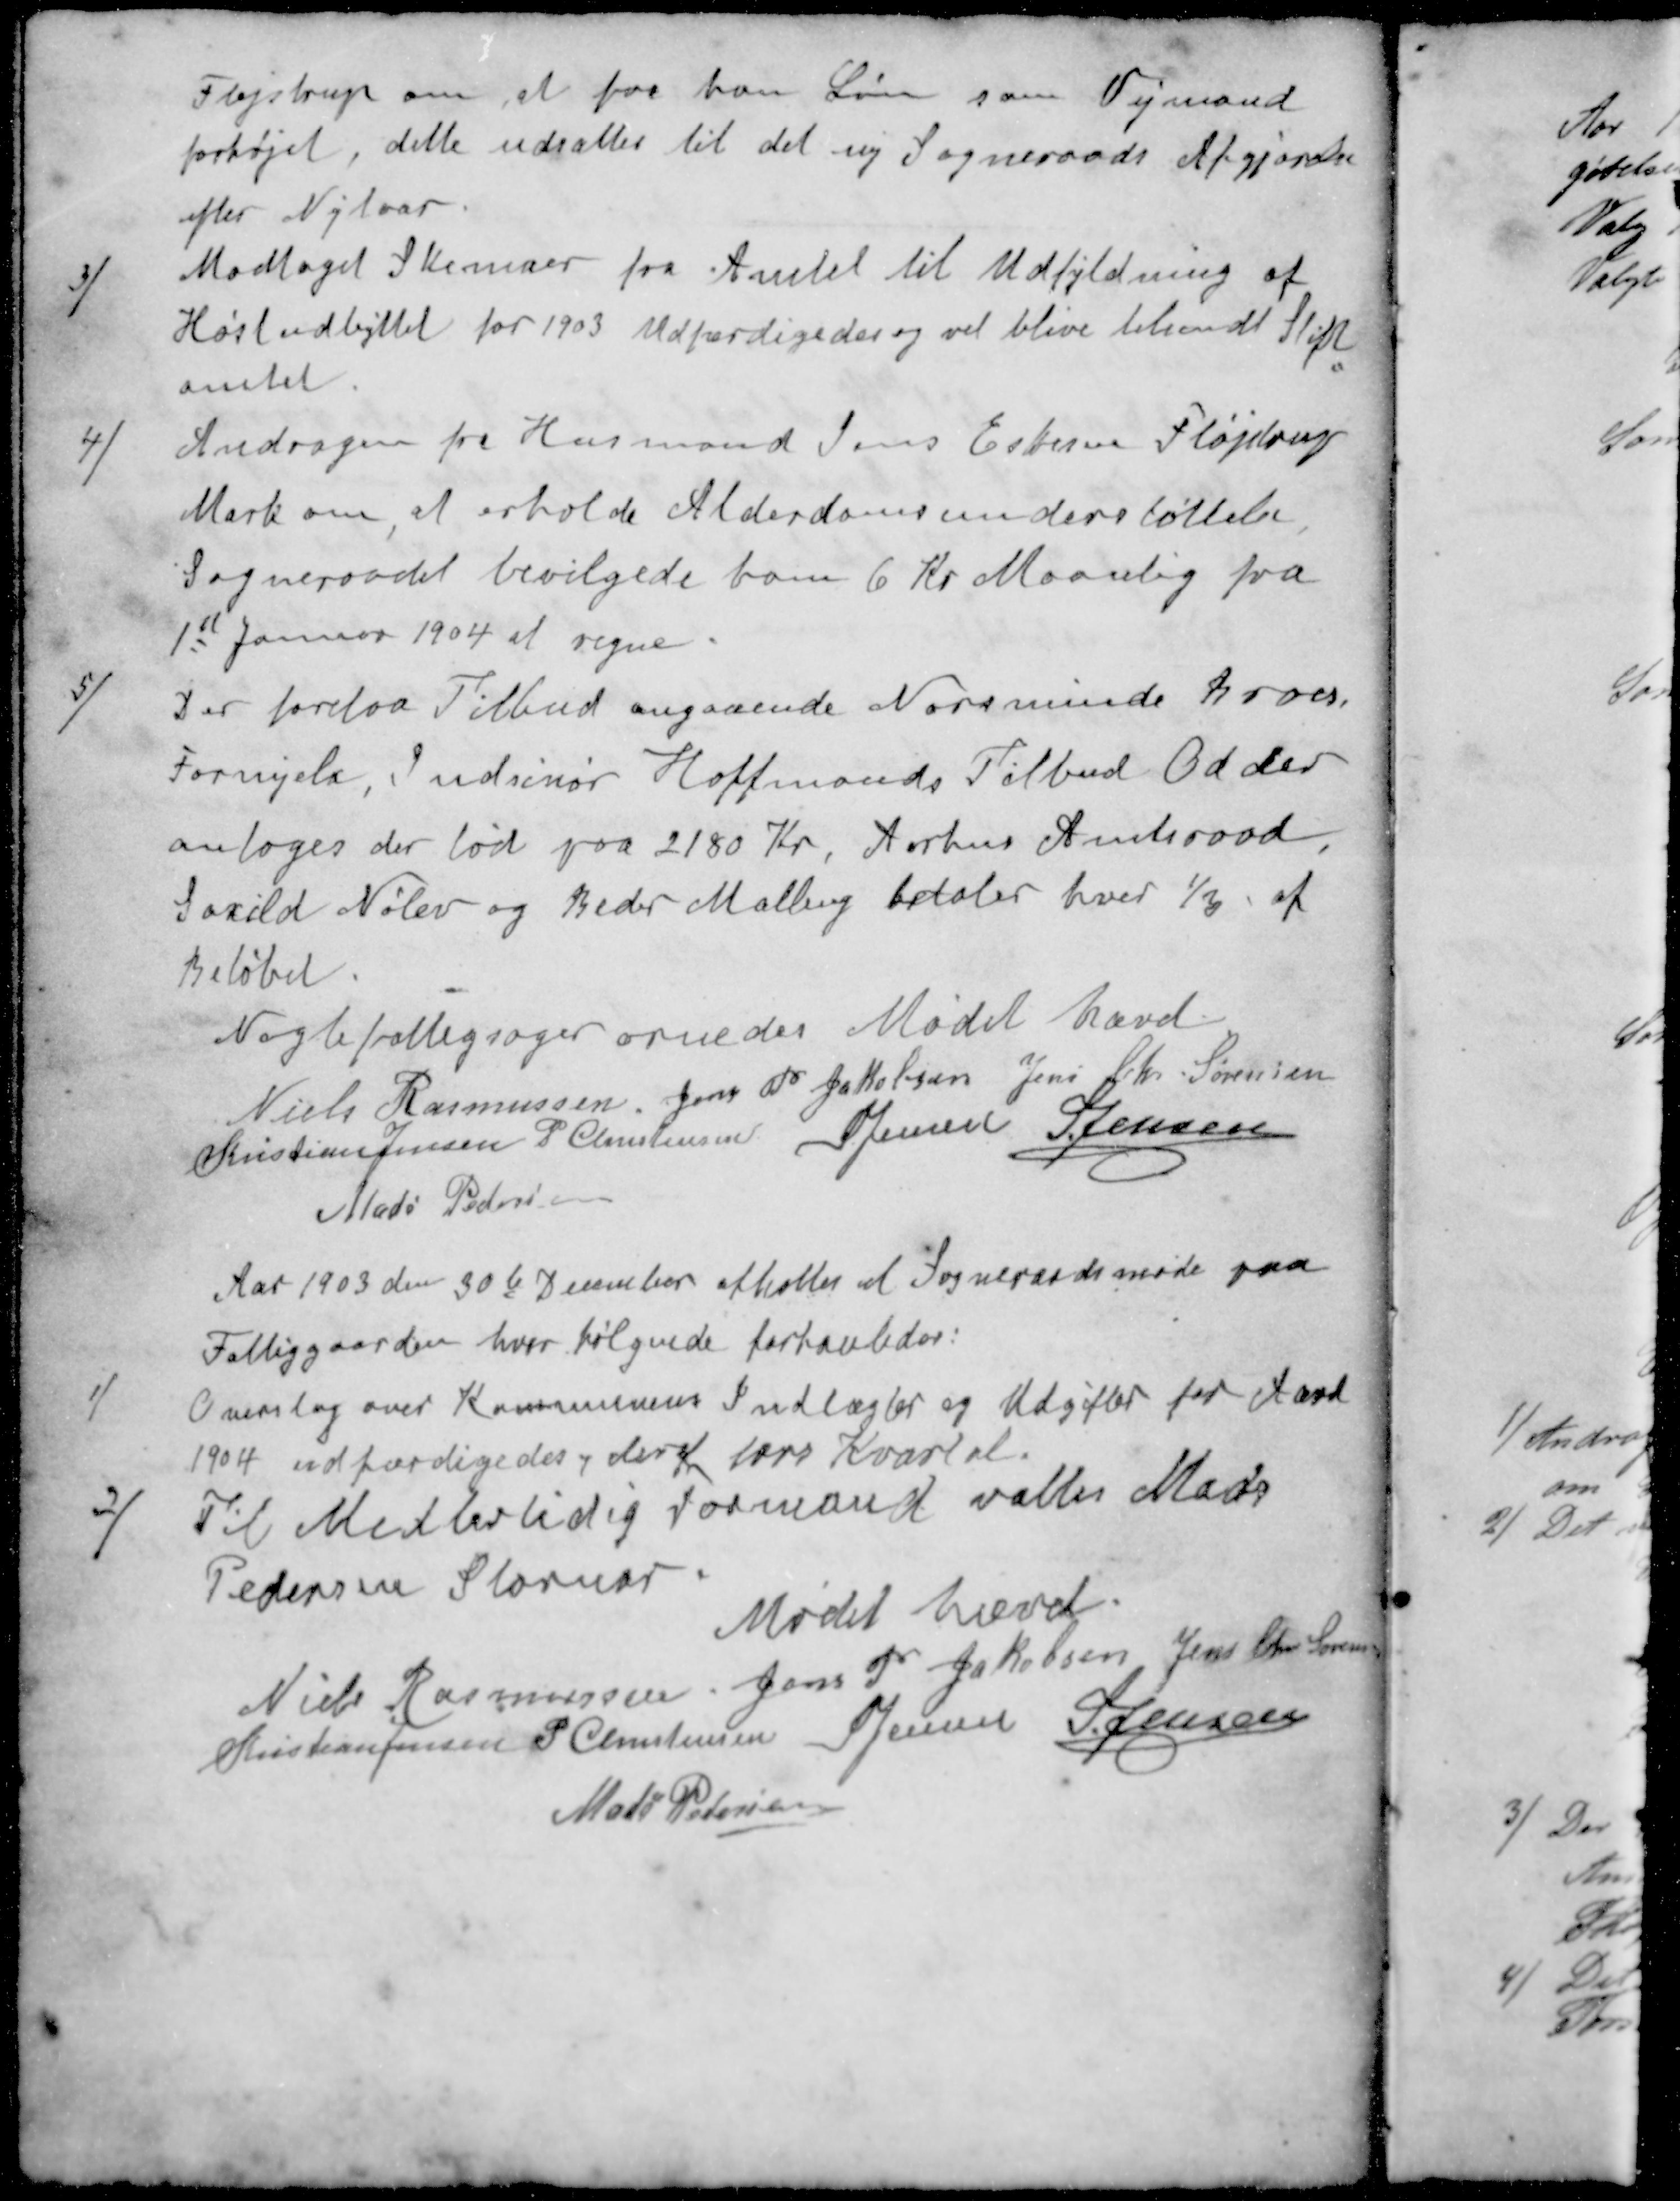
Transskription:
Fløjstrup om at faa han Løn som Vejmand
forhøjet, dette udsattes til det ny Sogneraads Afgjørelse
efter Nytaar.
3 / Modtaget Skemaer fra Amtet til Udfyldning af
Høstudbyttet for 1903. Udfærdigedes og vil blive tilsendt Stift-
amtet.
4 / Andragen fra Husmand Jens Eskesen Fløjstrup
Mark om at erholde Alderdomsunderstøttelse
Sogneraadet bevilgede ham 6 Kr Maanlig fra
1st Januar 1904 at regne.
5 / Der forelaa Tilbud angaaende Norsminde Broes,
Fornyelse, Indsinør Hoffmands Tilbud Odder
antoges der lød paa 2180 Kr, Aarhus Amtsraad,
Saxild Nølev og Beder Malling betaler hver 1/3 af
Beløbet.
Nogle fattigsager ornedes Mødet hævet.
Niels Rasmussen
Jens P Jakobsen
Jens Chr Sørensen
Kristian Jensen
P Christensen
S Jensen
S Jensen
Mads Pedersen
Aar 1903 den 30te December afholtes at Sogneraadsmøde paa
Fattiggaarden, hvor følgende forhanledes:
1 / Overslag over Kommunens Indlægter og Udgifter for Aaret
1904 udfærdigedes, deraf  Kvartal.
Til Midlertidig Formand valtes Mads
Pedersen Stornor.
Mødet hævet.
Niels Rasmussen
Jens P Jakobsen
Jens Chr Sørensen
Kristian Jensen
P Christensen
S Jensen
S Jensen
Mads Petersen